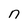
Character: n